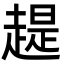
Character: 趧